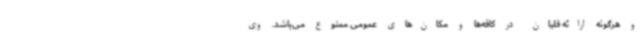
و هرگونه ارائه قلیان در کافه‌ها و مکان‌های عمومی ممنوع می‌باشد. وی